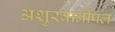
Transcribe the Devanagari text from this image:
अशुरबानीपल